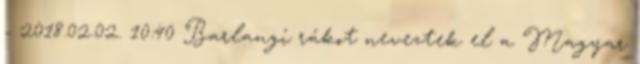
- 2018.02.02. 10:40 Barlangi rákot neveztek el a Magyar